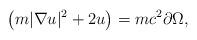
LaTeX: \begin{align*} \left(m |\nabla u|^{2} + 2 u\right) = mc^{2} \partial\Omega,\end{align*}